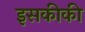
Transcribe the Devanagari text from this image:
इसकीकी